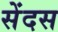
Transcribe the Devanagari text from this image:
सेंदस